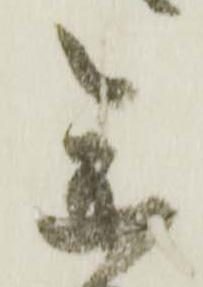
参